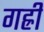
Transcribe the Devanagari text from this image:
गह्री